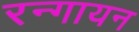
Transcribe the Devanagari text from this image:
रन्गायन